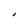
Character: I